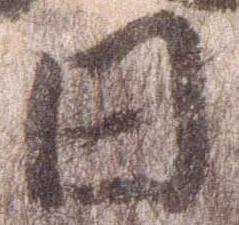
日